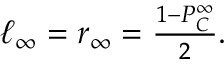
\begin{array} { r } { \ell _ { \infty } = r _ { \infty } = \frac { 1 - P _ { C } ^ { \infty } } { 2 } . } \end{array}